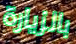
بالزيارة